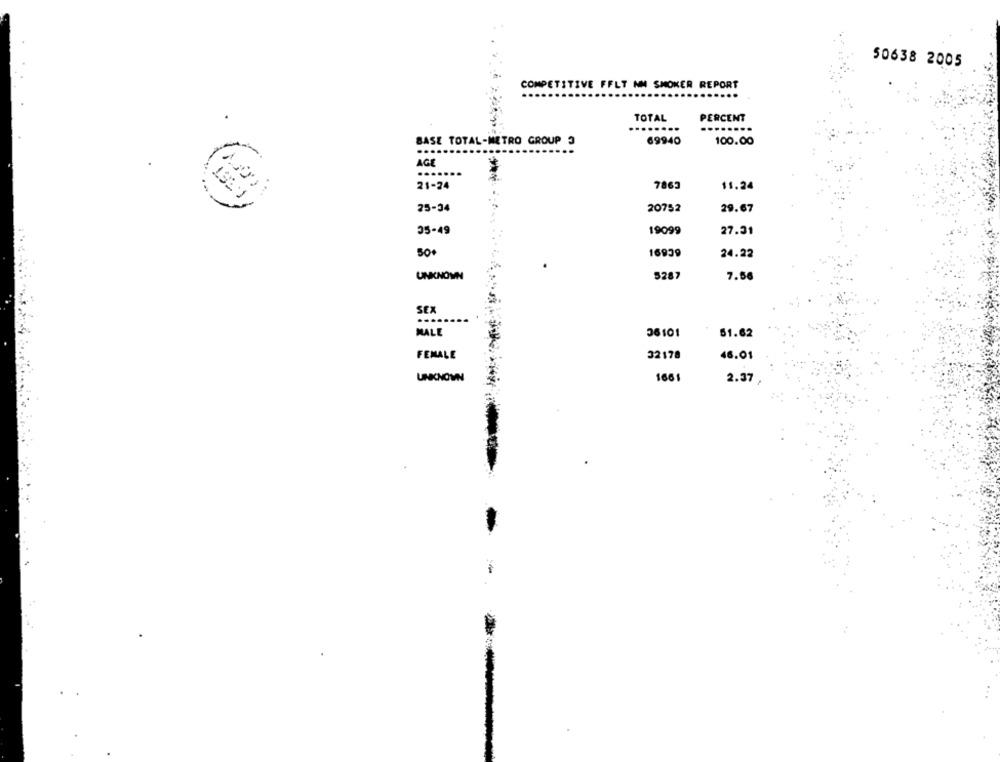
50638 2005
COMPETITIVE FFLT NM SMOKER REPORT
TOTAL
PERCENT
...
BASE TOTAL-METRO GROUP 3
69940
100.00
AGE
.....
21-24
7863
$1.24
. 1921
25-34
20752
29.67
35-49
19099
27.31
50+
16939
24.22
UNKNOWN
5287
7.56
SEX
...
MALE
36101
51.62
FEMALE
32178
46.01
UNKNOWN
1661
2.37